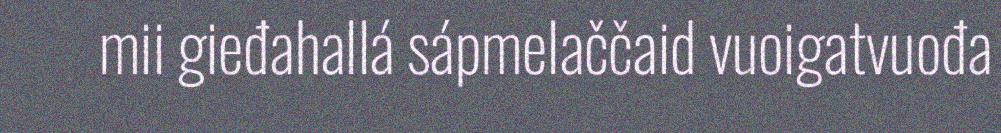
mii gieđahallá sápmelaččaid vuoigatvuođa